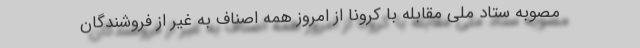
مصوبه ستاد ملی مقابله با کرونا از امروز همه اصناف به غیر از فروشندگان